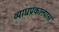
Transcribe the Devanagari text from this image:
व्याघ्रप्रकाल्पास